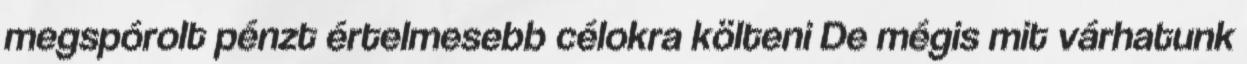
megspórolt pénzt értelmesebb célokra költeni De mégis mit várhatunk